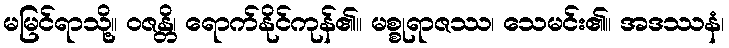
မမြင်ရာသို့။ ဝဇန္တိ၊ ရောက်နိုင်ကုန်၏။ မစ္စုရာဇဿ၊ သေမင်း၏။ အဒဿနံ၊